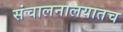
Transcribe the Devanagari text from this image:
संचालनालयातच